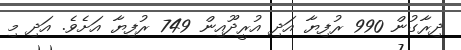
ދިރާގުން 990 ރުފިޔާ އަދި އުރީދޫއިން 749 ރުފިޔާ އަށެވެ. އަދި މި